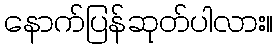
နောက်ပြန်ဆုတ်ပါလား။